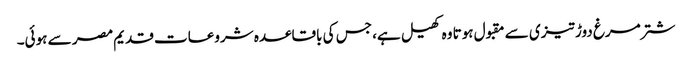
شتر مرغ دوڑ تیزی سے مقبول ہوتا وہ کھیل ہے، جس کی باقاعدہ شروعات قدیم مصر سے ہوئی۔